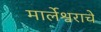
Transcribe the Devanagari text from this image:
मार्लेश्वराचे